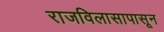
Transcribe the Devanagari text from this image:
राजविलासापासून